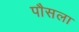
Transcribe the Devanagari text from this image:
पौसला